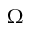
\Omega